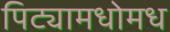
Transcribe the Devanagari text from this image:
पिट्यामधोमध